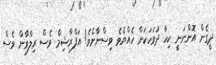
ދީގެން އޮންނަނީ ކިހާ ދުވަހަކަށް ހެއްޔެވެ ވިސްނާށެވެ! އަފްރާޝިމް ވެސް ރިލްވާން ވެސް